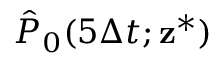
\hat { P } _ { 0 } ( 5 \Delta t ; { \mathbf z } ^ { \ast } )